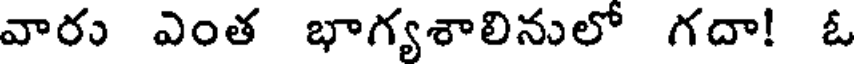
వారు ఎంత భాగ్యశాలినులో గదా! ఓ